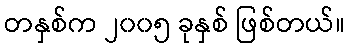
တနှစ်က ၂၀၀၅ ခုနှစ် ဖြစ်တယ်။